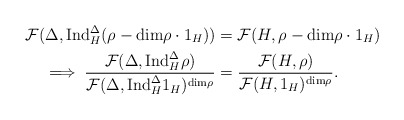
\begin{align*} \mathcal{F}(\Delta,\mathrm{Ind}_{H}^{\Delta}(\rho-\mathrm{dim}\rho \cdot 1_H)) &=\mathcal{F}(H,\rho-\mathrm{dim}\rho\cdot1_H)\\\implies \frac{\mathcal{F}(\Delta,\mathrm{Ind}_{H}^{\Delta}\rho)} {\mathcal{F}(\Delta,\mathrm{Ind}_{H}^{\Delta}1_H)^{\mathrm{dim}\rho}} &=\frac{\mathcal{F}(H,\rho)} {\mathcal{F}(H,1_H)^{\mathrm{dim}\rho}}. \end{align*}